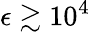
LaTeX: \epsilon\gtrsim 10^{4}